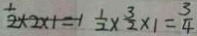
\frac { 1 } { 2 } \times 2 \times 1 = 1 \frac { 1 } { 2 } \times \frac { 3 } { 2 } \times 1 = \frac { 3 } { 4 }